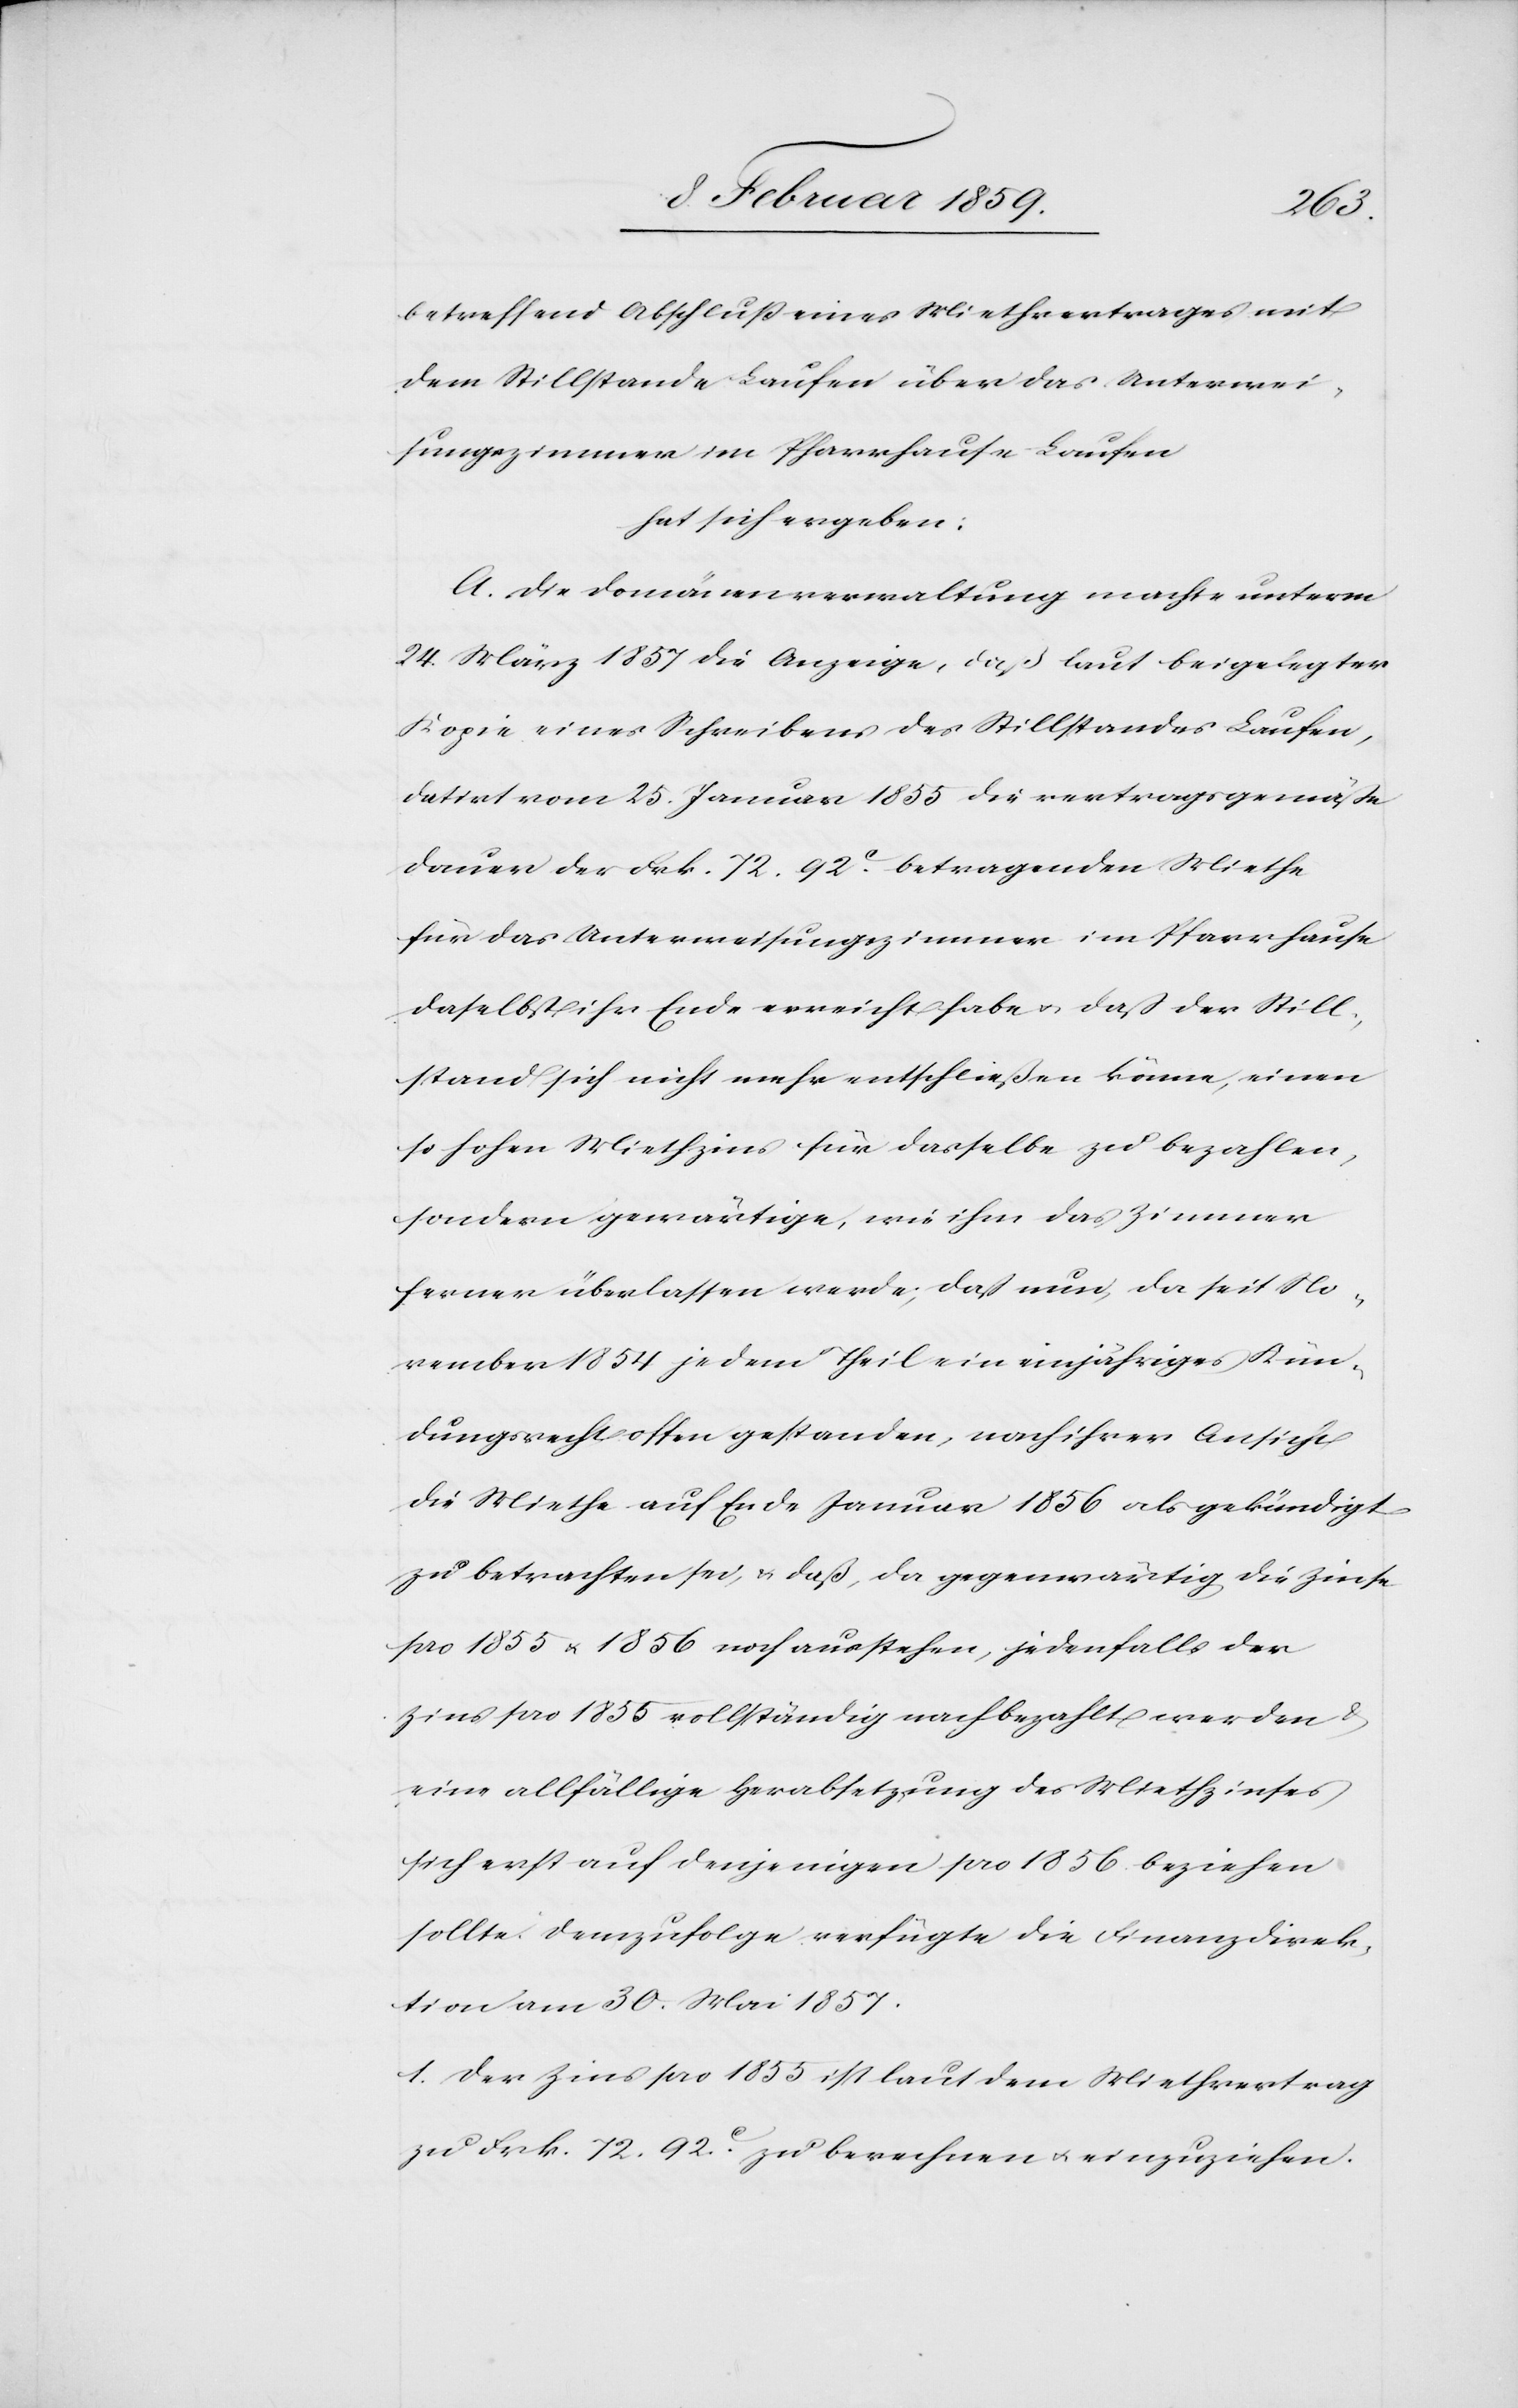
betreffend Abschluß eines Mietvertrages mit
dem Stillstande Laufen über das Unterwei¬
sungszimmer im Pfarrhause Laufen
hat sich ergeben:
A. Die Domänenverwaltung machte unterm
24. März 1857 die Anzeige, daß laut beigelegter
Kopie eines Schreibens des Stillstandes Laufen,
datirt vom 25. Januar 1855 die vertragsgemäße
Dauer der Frk. 72. 92 c. betragenden Miethe
für das Unterweisungszimmer im Pfarrhause
daselbst ihr Ende erreicht habe u. daß der Still¬
stand sich nicht mehr entschließen könne, einen
so hohen Mietzins für dasselbe zu bezahlen,
sondern gewärtige, wie ihm das Zimmer
ferner überlassen werde; daß nun, da seit No¬
vember 1854 jedem Theil ein einjähriges Kündi¬
gungsrecht offen gestanden, nach ihrer Ansicht
die Miethe auf Ende Januar 1856 als gekündigt
zu betrachten sei, u. daß, da gegenwärtig die Zinse
pro 1855 u. 1856 noch ausstehen, jedenfalls der
Zins pro 1855 vollständig nachbezahlt werden &
eine allfällige Herabsetzung des Miethzinses
sich erst auf denjenigen pro 1856 beziehen
sollte. Demzufolge verfügte die Finanzdirek¬
tion am 30. Mai 1857:
1. Der Zins pro 1855 ist laut dem Miethvertrag
zu Frk. 72. 92 c. zu berechnen u. einzuziehen.